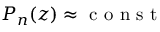
P _ { n } ( z ) \approx \mathrm { ~ c ~ o ~ n ~ s ~ t ~ }